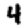
Digit: 4